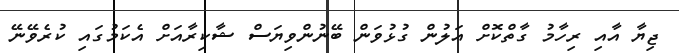
ޖިޔާ އާއި ރިހާމު ގާތްކޮށް އަލުން ގުޅުވަން ބޭނުންވިޔަސް ޝާކިރާއަށް އެކަމުގައި ކުރެވޭނޭ